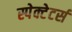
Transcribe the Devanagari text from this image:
स्पेक्टेटर्स